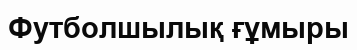
Футболшылық ғұмыры